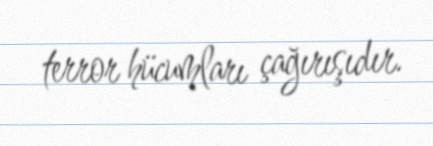
terror hücumları çağırışıdır.